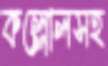
কল্লোলসহ